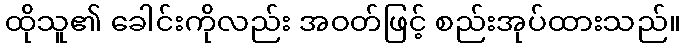
ထိုသူ၏ ခေါင်းကိုလည်း အဝတ်ဖြင့် စည်းအုပ်ထားသည်။